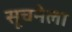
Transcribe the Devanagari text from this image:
सूचनेला